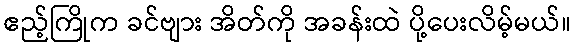
ဧည့်ကြိုက ခင်ဗျား အိတ်ကို အခန်းထဲ ပို့ပေးလိမ့်မယ်။